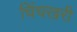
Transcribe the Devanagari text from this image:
चिंचखरी